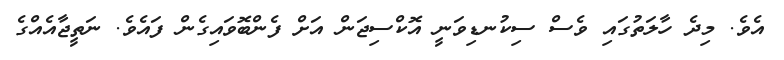
އެވެ. މިދެ ހާލަތުގައި ވެސް ސިކުނޑިވަނީ އޮކްސިޖަން އަށް ފެންބޮވައިގެން ފައެވެ. ނަތީޖާއެއްގެ